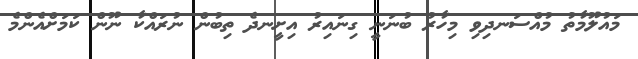
މައުލޫމާތު މުއްސަނދިވި މިހާރު ބުނަނީ ގިނައިރު އިށީނދެ ތިބުން ނުރައްކާ ނޫން ކަމަށްއެންމެ